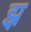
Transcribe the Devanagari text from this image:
झ्र